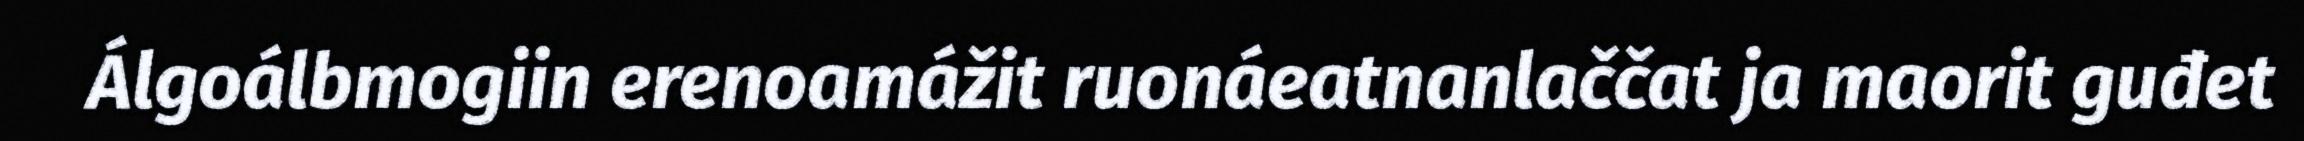
Álgoálbmogiin erenoamážit ruonáeatnanlaččat ja maorit guđet